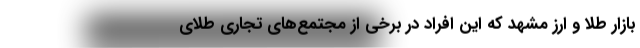
بازار طلا و ارز مشهد که این افراد در برخی از مجتمع‌های تجاری طلای